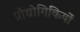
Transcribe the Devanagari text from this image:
प्रौद्योगिकियों